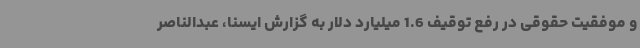
و موفقیت حقوقی در رفع توقیف 1.6 میلیارد دلار به گزارش ایسنا، عبدالناصر